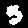
Digit: 3